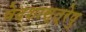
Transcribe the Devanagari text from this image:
वेदशास्त्रेषु